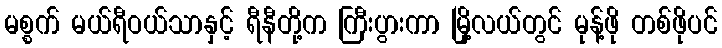
မစ္စက် မယ်ရီဝယ်သာနှင့် ရီနီတို့က ကြီးပွားကာ မြို့လယ်တွင် မုန့်ဖို တစ်ဖိုပင်